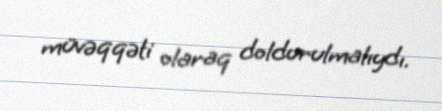
müvəqqəti olaraq doldurulmalıydı.